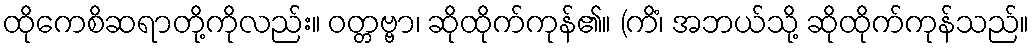
ထိုကေစိဆရာတို့ကိုလည်း။ ဝတ္တဗ္ဗာ၊ ဆိုထိုက်ကုန်၏။ (ကိံ၊ အဘယ်သို့ ဆိုထိုက်ကုန်သည်။